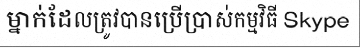
ម្នាក់ដែលត្រូវបានប្រើប្រាស់កម្មវិធី Skype